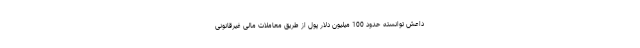
داعش توانسته حدود 100 میلیون دلار پول از طریق معاملات مالی غیرقانونی